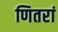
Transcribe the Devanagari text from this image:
णितरां